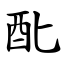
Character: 䣥